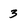
Character: 3